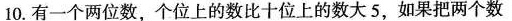
10.有一个两位数，个位上的数比十位上的数大5，如果把两个数